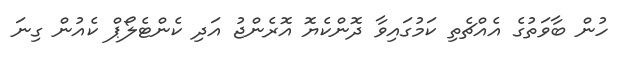
ހުން ބާވަތުގެ އެއްޗެތި ކަމުގައިވާ ދޮންކެޔޮ އޮރެންޖު އަދި ކެންޓެލޯޕް ކެއުން ގިނަ